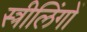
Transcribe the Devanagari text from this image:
स्त्रीलिंगों